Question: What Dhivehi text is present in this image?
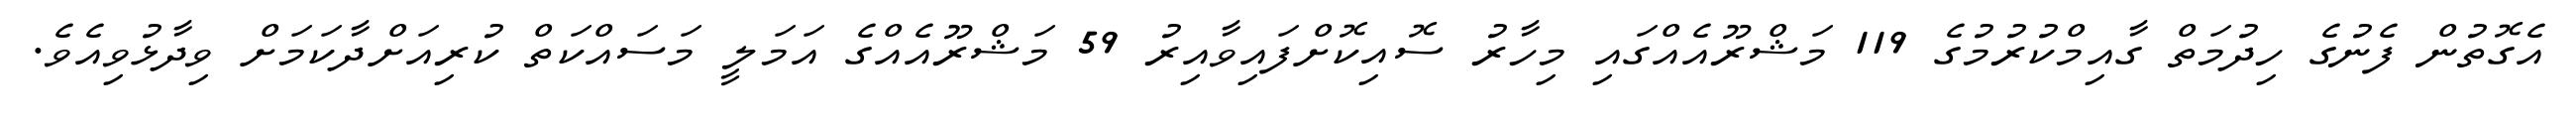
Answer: އެގޮތުން ފެނުގެ ހިދުމަތް ގާއިމްކުރުމުގެ 119 މަޝްރޫއެއްގައި މިހާރު ސޮއިކޮށްފައިވާއިރު 59 މަޝްރޫއެއްގެ އަމަލީ މަސައްކަތް ކުރިއަށްދާކަމަށް ވިދާޅުވިއެވެ.